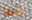
هما